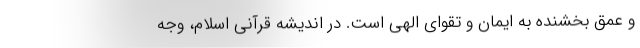
و عمق بخشنده به ایمان و تقوای الهی است. در اندیشه قرآنی اسلام، وجه